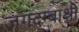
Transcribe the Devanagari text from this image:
जगदम्बाश्री